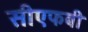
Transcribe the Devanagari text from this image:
सीएफबी